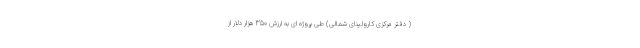
( دفتر مرکزی کارولینای شمالی) طی پروژه ای به ارزش 350 هزار دلار از